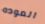
العوده